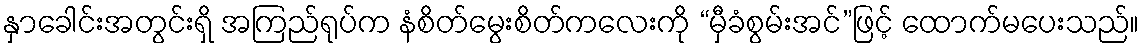
နှာခေါင်းအတွင်းရှိ အကြည်ရုပ်က နံစိတ်မွေးစိတ်ကလေးကို “မှီခံစွမ်းအင်”ဖြင့် ထောက်မပေးသည်။